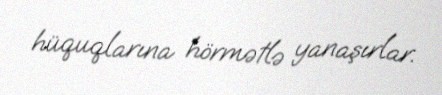
hüquqlarına hörmətlə yanaşırlar.